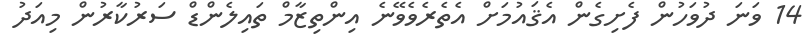
14 ވަނަ ދުވަހުން ފެށިގެން އެޤައުމަށް އެތެރެވެވޭނެ އިންތިޒާމް ތައިލެންޑް ސަރުކާރުން މިއަދު